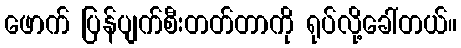
ဖောက် ပြန်ပျက်စီးတတ်တာကို ရုပ်လို့ခေါ်တယ်။